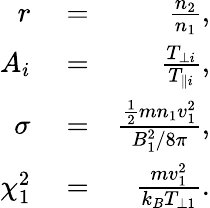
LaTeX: \begin{array}{rlr}{r}&{{}=}&{\frac{n_{2}}{n_{1}},}\\ {A_{i}}&{{}=}&{\frac{T_{\perp i}}{T_{\parallel i}},}\\ {\sigma}&{{}=}&{\frac{\frac{1}{2}mn_{1}v_{1}^{2}}{B_{1}^{2}/8\pi},}\\ {\chi_{1}^{2}}&{{}=}&{\frac{mv_{1}^{2}}{k_{B}T_{\perp 1}}.}\end{array}